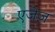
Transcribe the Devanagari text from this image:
एजेज़